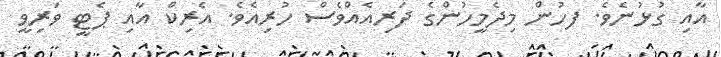
އާއި ގުޅުނެވެ. ފހުން މިދެމީހުންގެ ދަރިއެއްވެސް ހުރިއެވެ. އެރިކް އާއި ޕެޓީ ވަރިވީ